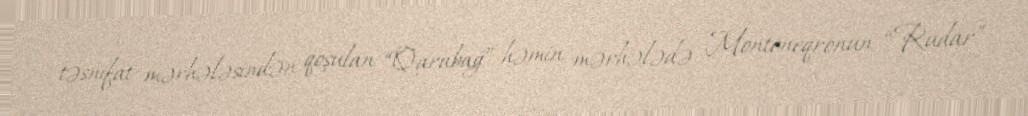
təsnifat mərhələsindən qoşulan “Qarabağ” həmin mərhələdə Monteneqronun “Rudar”